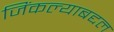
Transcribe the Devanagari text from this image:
जिंकल्याबद्दल